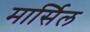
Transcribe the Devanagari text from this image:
मार्सिल